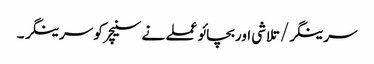
سرینگر/تلاشی اوربچائو عملے نے سنیچر کو سرینگر ۔